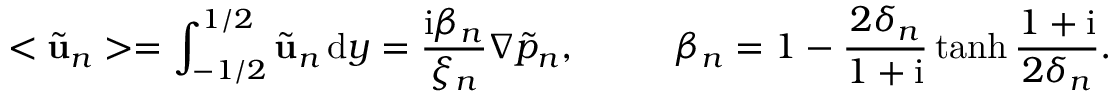
< \tilde { \mathbf { u } } _ { n } > = \int _ { - 1 / 2 } ^ { 1 / 2 } \tilde { \mathbf { u } } _ { n } \, \mathrm { d } y = \frac { \mathrm { i } \beta _ { n } } { \xi _ { n } } \nabla \tilde { p } _ { n } , \ \ \ \ \ \ \ \ \beta _ { n } = 1 - \frac { 2 \delta _ { n } } { 1 + \mathrm { i } } \operatorname { t a n h } { \frac { 1 + \mathrm { i } } { 2 \delta _ { n } } } .